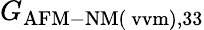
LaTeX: G_{\mathrm{AFM-NM(\ vvm),33}}